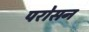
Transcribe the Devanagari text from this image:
परोसन